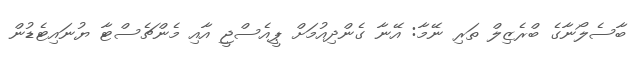
ބާސެލޯނާގެ ބްރެޒިލް ތަރި ނޭމާ: އޭނާ ގެންދިއުމަށް ޕީއެސްޖީ އާއި މެންޗެސްޓާ ޔުނައިޓެޑުން